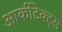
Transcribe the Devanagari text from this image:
आर्कीटेक्ट्स